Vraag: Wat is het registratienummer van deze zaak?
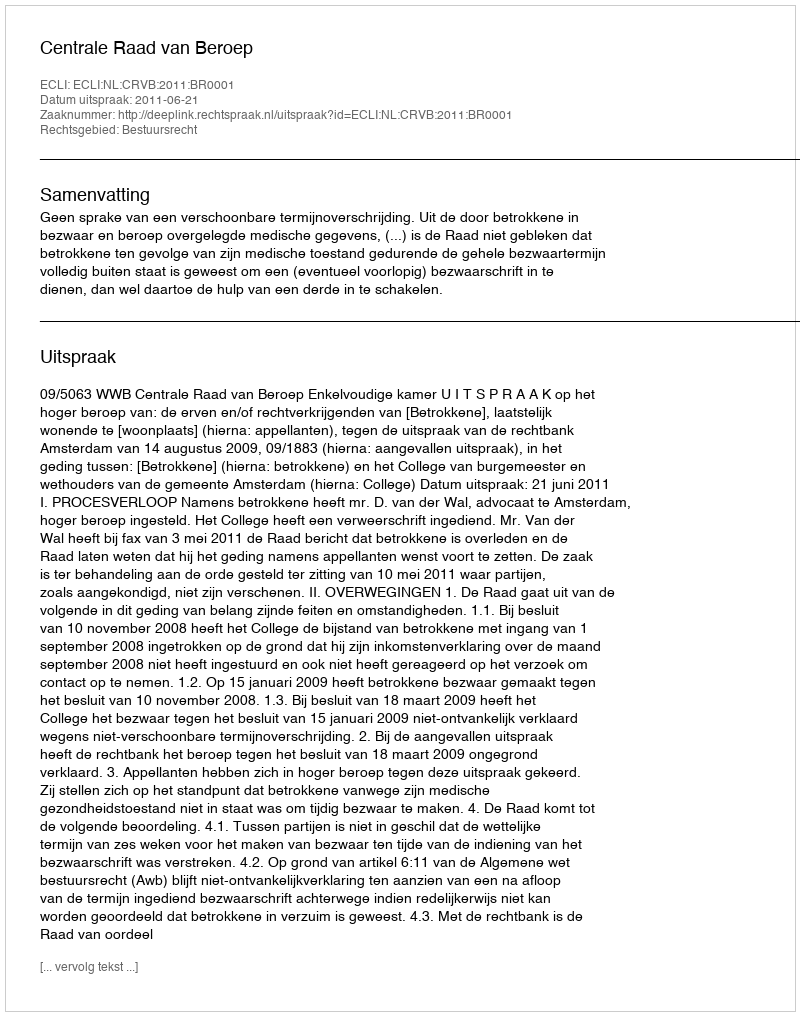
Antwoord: http://deeplink.rechtspraak.nl/uitspraak?id=ECLI:NL:CRVB:2011:BR0001